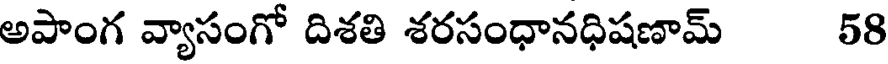
అపాంగ వ్యాసంగో దిశతి శరసంధానధిషణామ్ 58